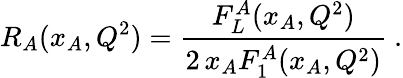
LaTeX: R_{A}(x_{A},Q^{2})=\frac{F_{L}^{A}(x_{A},Q^{2})}{2\, x_{A}F_{1}^{A}(x_{A},Q^{2})}\ .